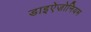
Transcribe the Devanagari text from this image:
डाइऐज़ोनियम